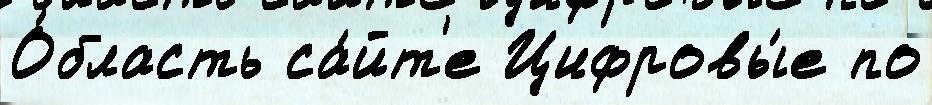
О́бласть са́йт'е Цифровы́е по